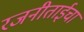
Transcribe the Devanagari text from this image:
रजनीताईचा